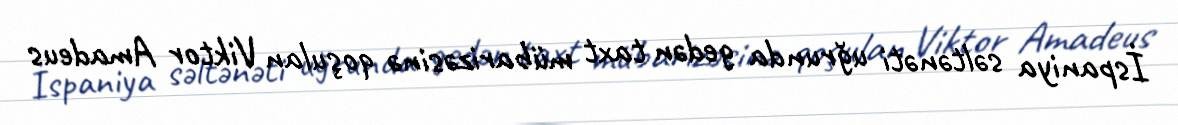
İspaniya səltənəti uğrunda gedən taxt mübarizəsinə qoşulan Viktor Amadeus